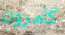
كامرون